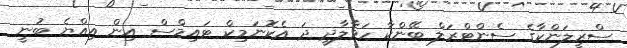
ސްރީލަންކާގެ ސެންޓްރަލް ބޭންކާ ހަވާލާދީ ދަ އެކޮނަމިކް ޓައިމްސް އިން އިއްޔެ ބުނީ